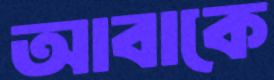
আবাকে